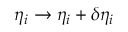
\eta _ { i } \rightarrow \eta _ { i } + \delta \eta _ { i }